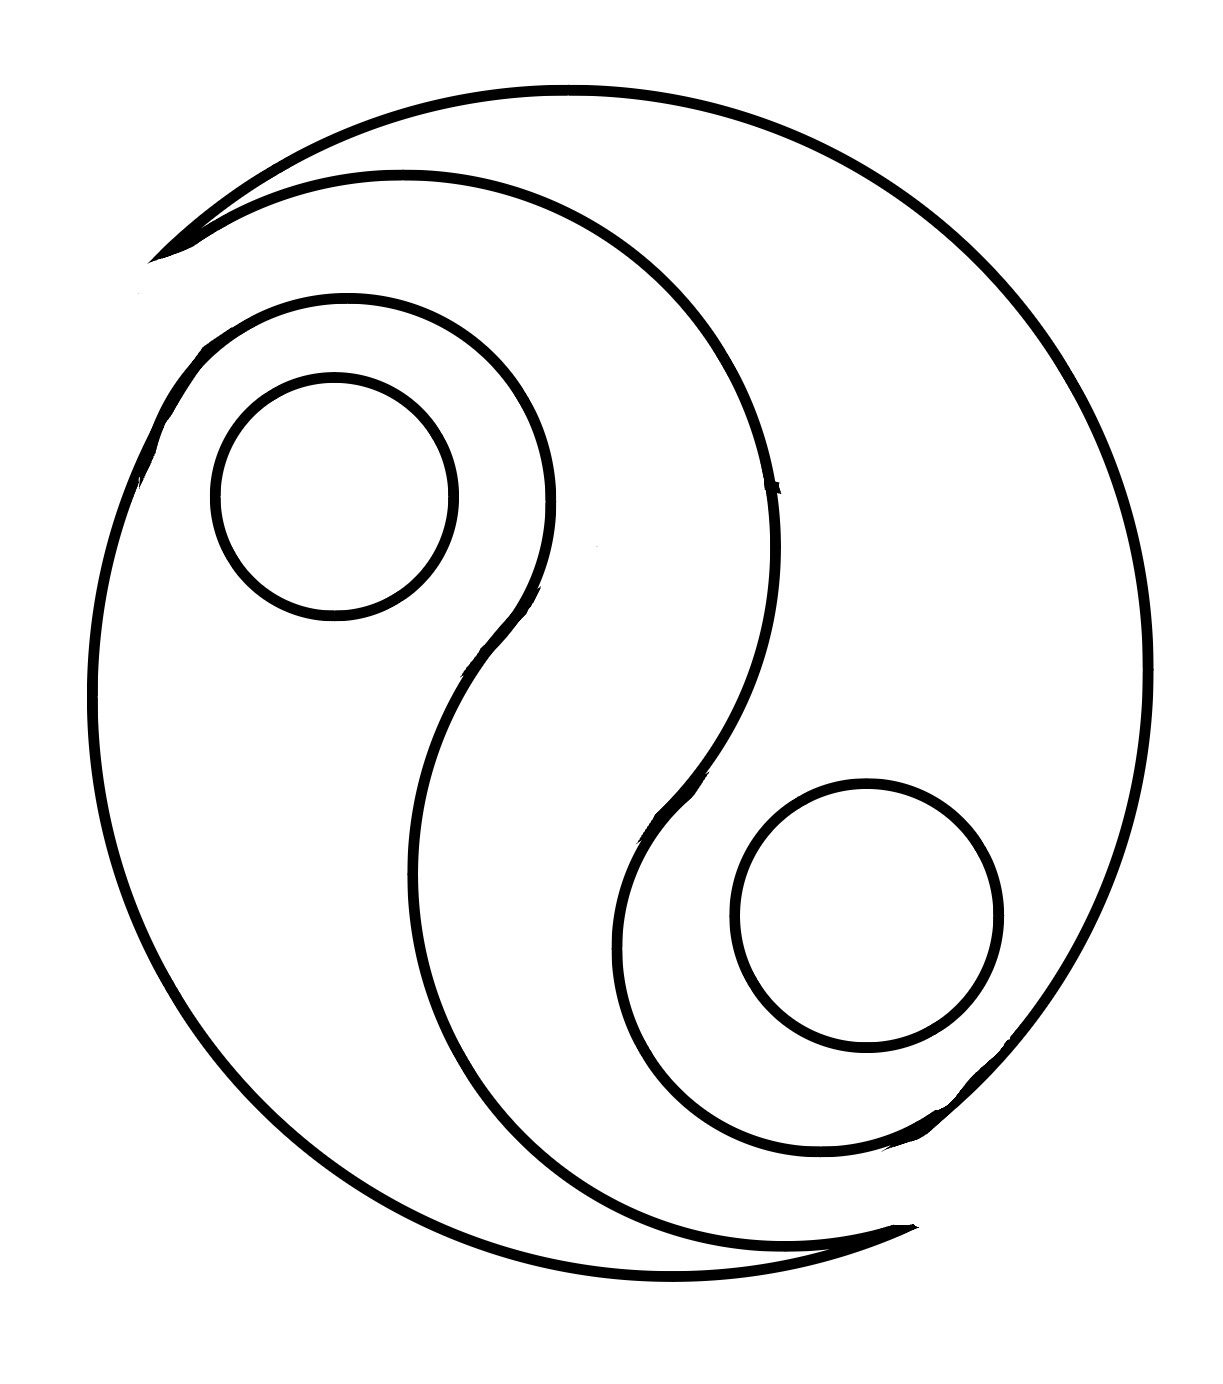
Number of regions (including the outer root region): 5
Containment tree edges (parent, child): 0, 1, 0, 3, 1, 2, 3, 4